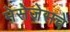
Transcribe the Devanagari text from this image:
मेसेजेसचे